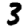
Digit: 3